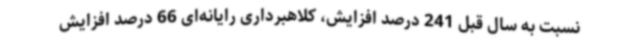
نسبت به سال قبل 241 درصد افزایش، کلاهبرداری رایانه‌ای 66 درصد افزایش